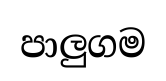
පාලුගම